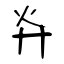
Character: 灷